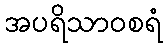
အပရိသာဝစရံ